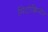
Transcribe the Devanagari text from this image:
मिटोक्विनोन